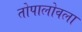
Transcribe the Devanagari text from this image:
तोपालोवला